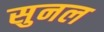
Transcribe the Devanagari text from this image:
सुनल